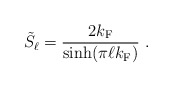
\begin{align*}\tilde{S}_{\ell} = \frac{2 k_{\rm F}}{\sinh (\pi \ell k_{\rm F})} \ .\end{align*}